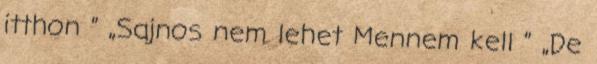
itthon ” „Sajnos nem lehet Mennem kell ” „De